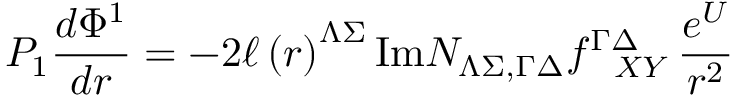
P _ { 1 } { \frac { d \Phi ^ { 1 } } { d r } } = - 2 \ell \left( r \right) ^ { \Lambda \Sigma } \mathrm { I m } { \cal N } _ { \Lambda \Sigma , \Gamma \Delta } f _ { ~ ~ X Y } ^ { \Gamma \Delta } \, { \frac { e ^ { U } } { r ^ { 2 } } }